Lunatic asylums in Bengal annual reports 1912-1924 - 1912-1924
Year: 1912
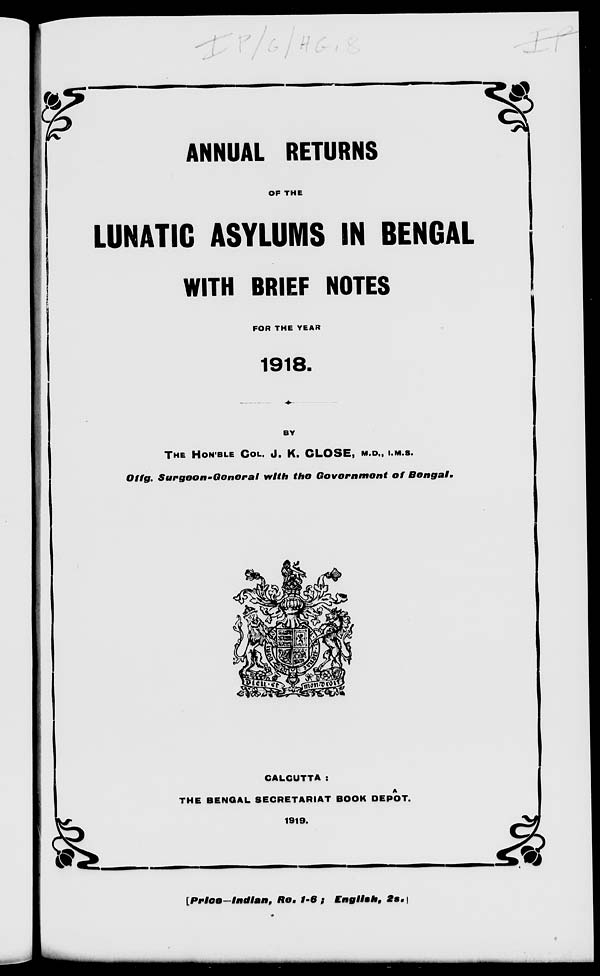
ANNUAL RETURNS
OF THE
LUNATIC ASYLUMS IN BENGAL
WITH BRIEF NOTES
FOR THE YEAR
1918.
BY
THE HON'BLE COL. J. K. CLOSE, M.D., I.M.S.
Offg. Surgeon-General
with the Government
of
Bengal.
CALCUTTA :
THE BENGAL SECRETARIAT BOOK DEPÔT.
1919.
[Price—Indian, Re. 1-6 ; English,
2s.]